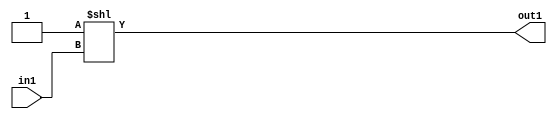
`timescale 1ps / 1ps
/*****************************************************************************
    Verilog RTL Description
    
    
    Created by: Stratus DpOpt 2019.1.01 
*******************************************************************************/

module SobelFilter_DECODE_4U_5_4 (
	in1,
	out1
	); /* architecture "behavioural" */ 
input [1:0] in1;
output [3:0] out1;
wire [3:0] asc001;

assign asc001 = 4'B0001 << in1;

assign out1 = asc001;
endmodule

/* CADENCE  urjwTwA= : u9/ySgnWtBlWxVPRXgAZ4Og= ** DO NOT EDIT THIS LINE ******/